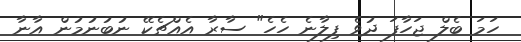
ހަމަ ބެލް ޖަހާފަ ދުވެ ފިލާނެ ހެހެ" ސާރާ އެއްޗެކޭ ނުބުނުމުން އާނާ